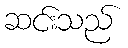
ဆင်းသည်